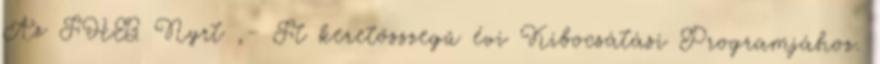
Az FHB Nyrt ,- Ft keretösszegű évi Kibocsátási Programjához.